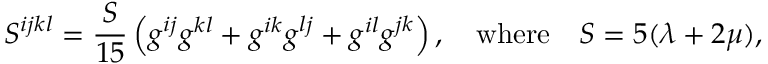
S ^ { i j k l } = \frac S { 1 5 } \left( g ^ { i j } g ^ { k l } + g ^ { i k } g ^ { l j } + g ^ { i l } g ^ { j k } \right) , \quad \mathrm { w h e r e } \quad S = 5 ( \lambda + 2 \mu ) ,